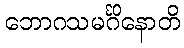
ဘောဂသမင်္ဂိနောတိ